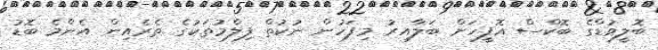
ބޮލީވުޑްގެ ބޮކްސް އޮފީހަށް ބަލާއިރު މިފަހުން ނުކުތް ފިލްމުތަކުގެ ތެރެއިން އެންމެ ބޮޑު